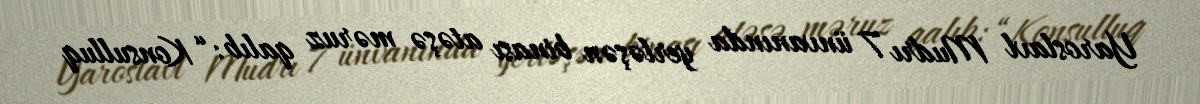
Yaroslavl Mudrı 7 ünvanında yerləşən binası atəşə məruz qalıb: “Konsulluq